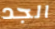
الجد